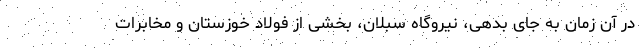
در آن زمان به جای بدهی، نیروگاه سبلان، بخشی از فولاد خوزستان و مخابرات